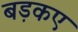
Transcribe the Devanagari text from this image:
बड़कए